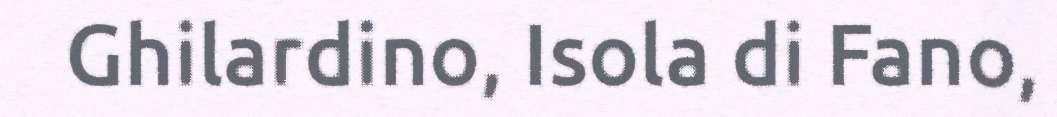
Ghilardino, Isola di Fano,